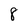
Character: 8